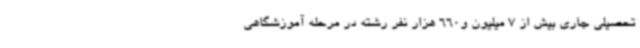
تحصیلی جاری بیش از 7 میلیون و660 هزار نفر رشته در مرحله آموزشگاهی